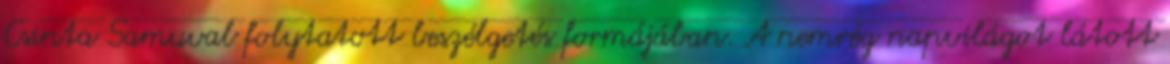
Csinta Samuval folytatott beszélgetés formájában. A nemrég napvilágot látott